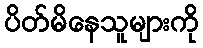
ပိတ်မိနေသူများကို